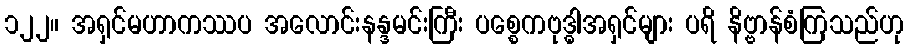
၁၂၂။ အရှင်မဟာကဿပ အလောင်းနန္ဒမင်းကြီး ပစ္စေကဗုဒ္ဓါအရှင်များ ပရိ နိဗ္ဗာန်စံကြသည်ဟု